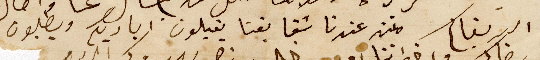
البر بقاكم منن عندنا شقايقنا يقبلون اياديكم ويطلبون